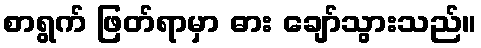
စာရွက် ဖြတ်ရာမှာ ဓား ချော်သွားသည်။